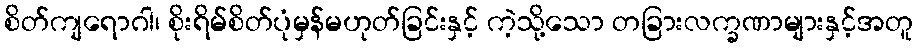
စိတ်ကျရောဂါ၊ စိုးရိမ်စိတ်ပုံမှန်မဟုတ်ခြင်းနှင့် ကဲ့သို့သော တခြားလက္ခဏာများနှင့်အတူ